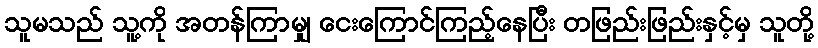
သူမသည် သူ့ကို အတန်ကြာမျှ ငေးကြောင်ကြည့်နေပြီး တဖြည်းဖြည်းနှင့်မှ သူတို့